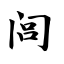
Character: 闾